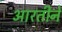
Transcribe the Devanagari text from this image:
आरतीने